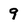
Character: 9